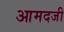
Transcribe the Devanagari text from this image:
आमदजी